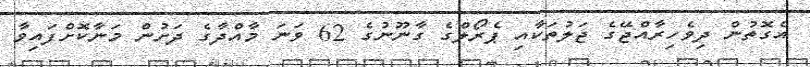
އެގޮތުން ދިވެހިރާއްޖޭގެ ޖަލުތަކާއި ޕެރޯލްގެ ގާނޫނުގެ 62 ވަނަ މާއްދާގެ ދަށުން މަނާކޮށްފައިވާ